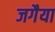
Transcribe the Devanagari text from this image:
जगैया